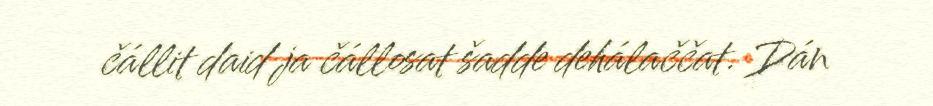
čállit daid ja čállosat šadde dehálaččat. Dán